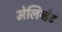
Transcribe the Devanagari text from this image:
मेलिब्डेट